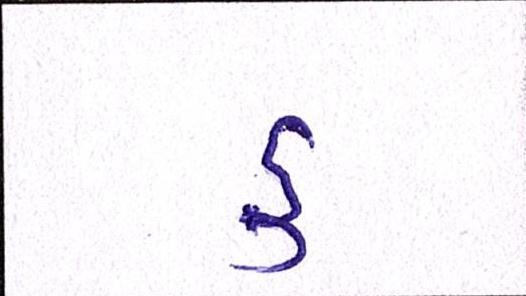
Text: ડુ